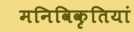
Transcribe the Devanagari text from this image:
मनिविकृतियां